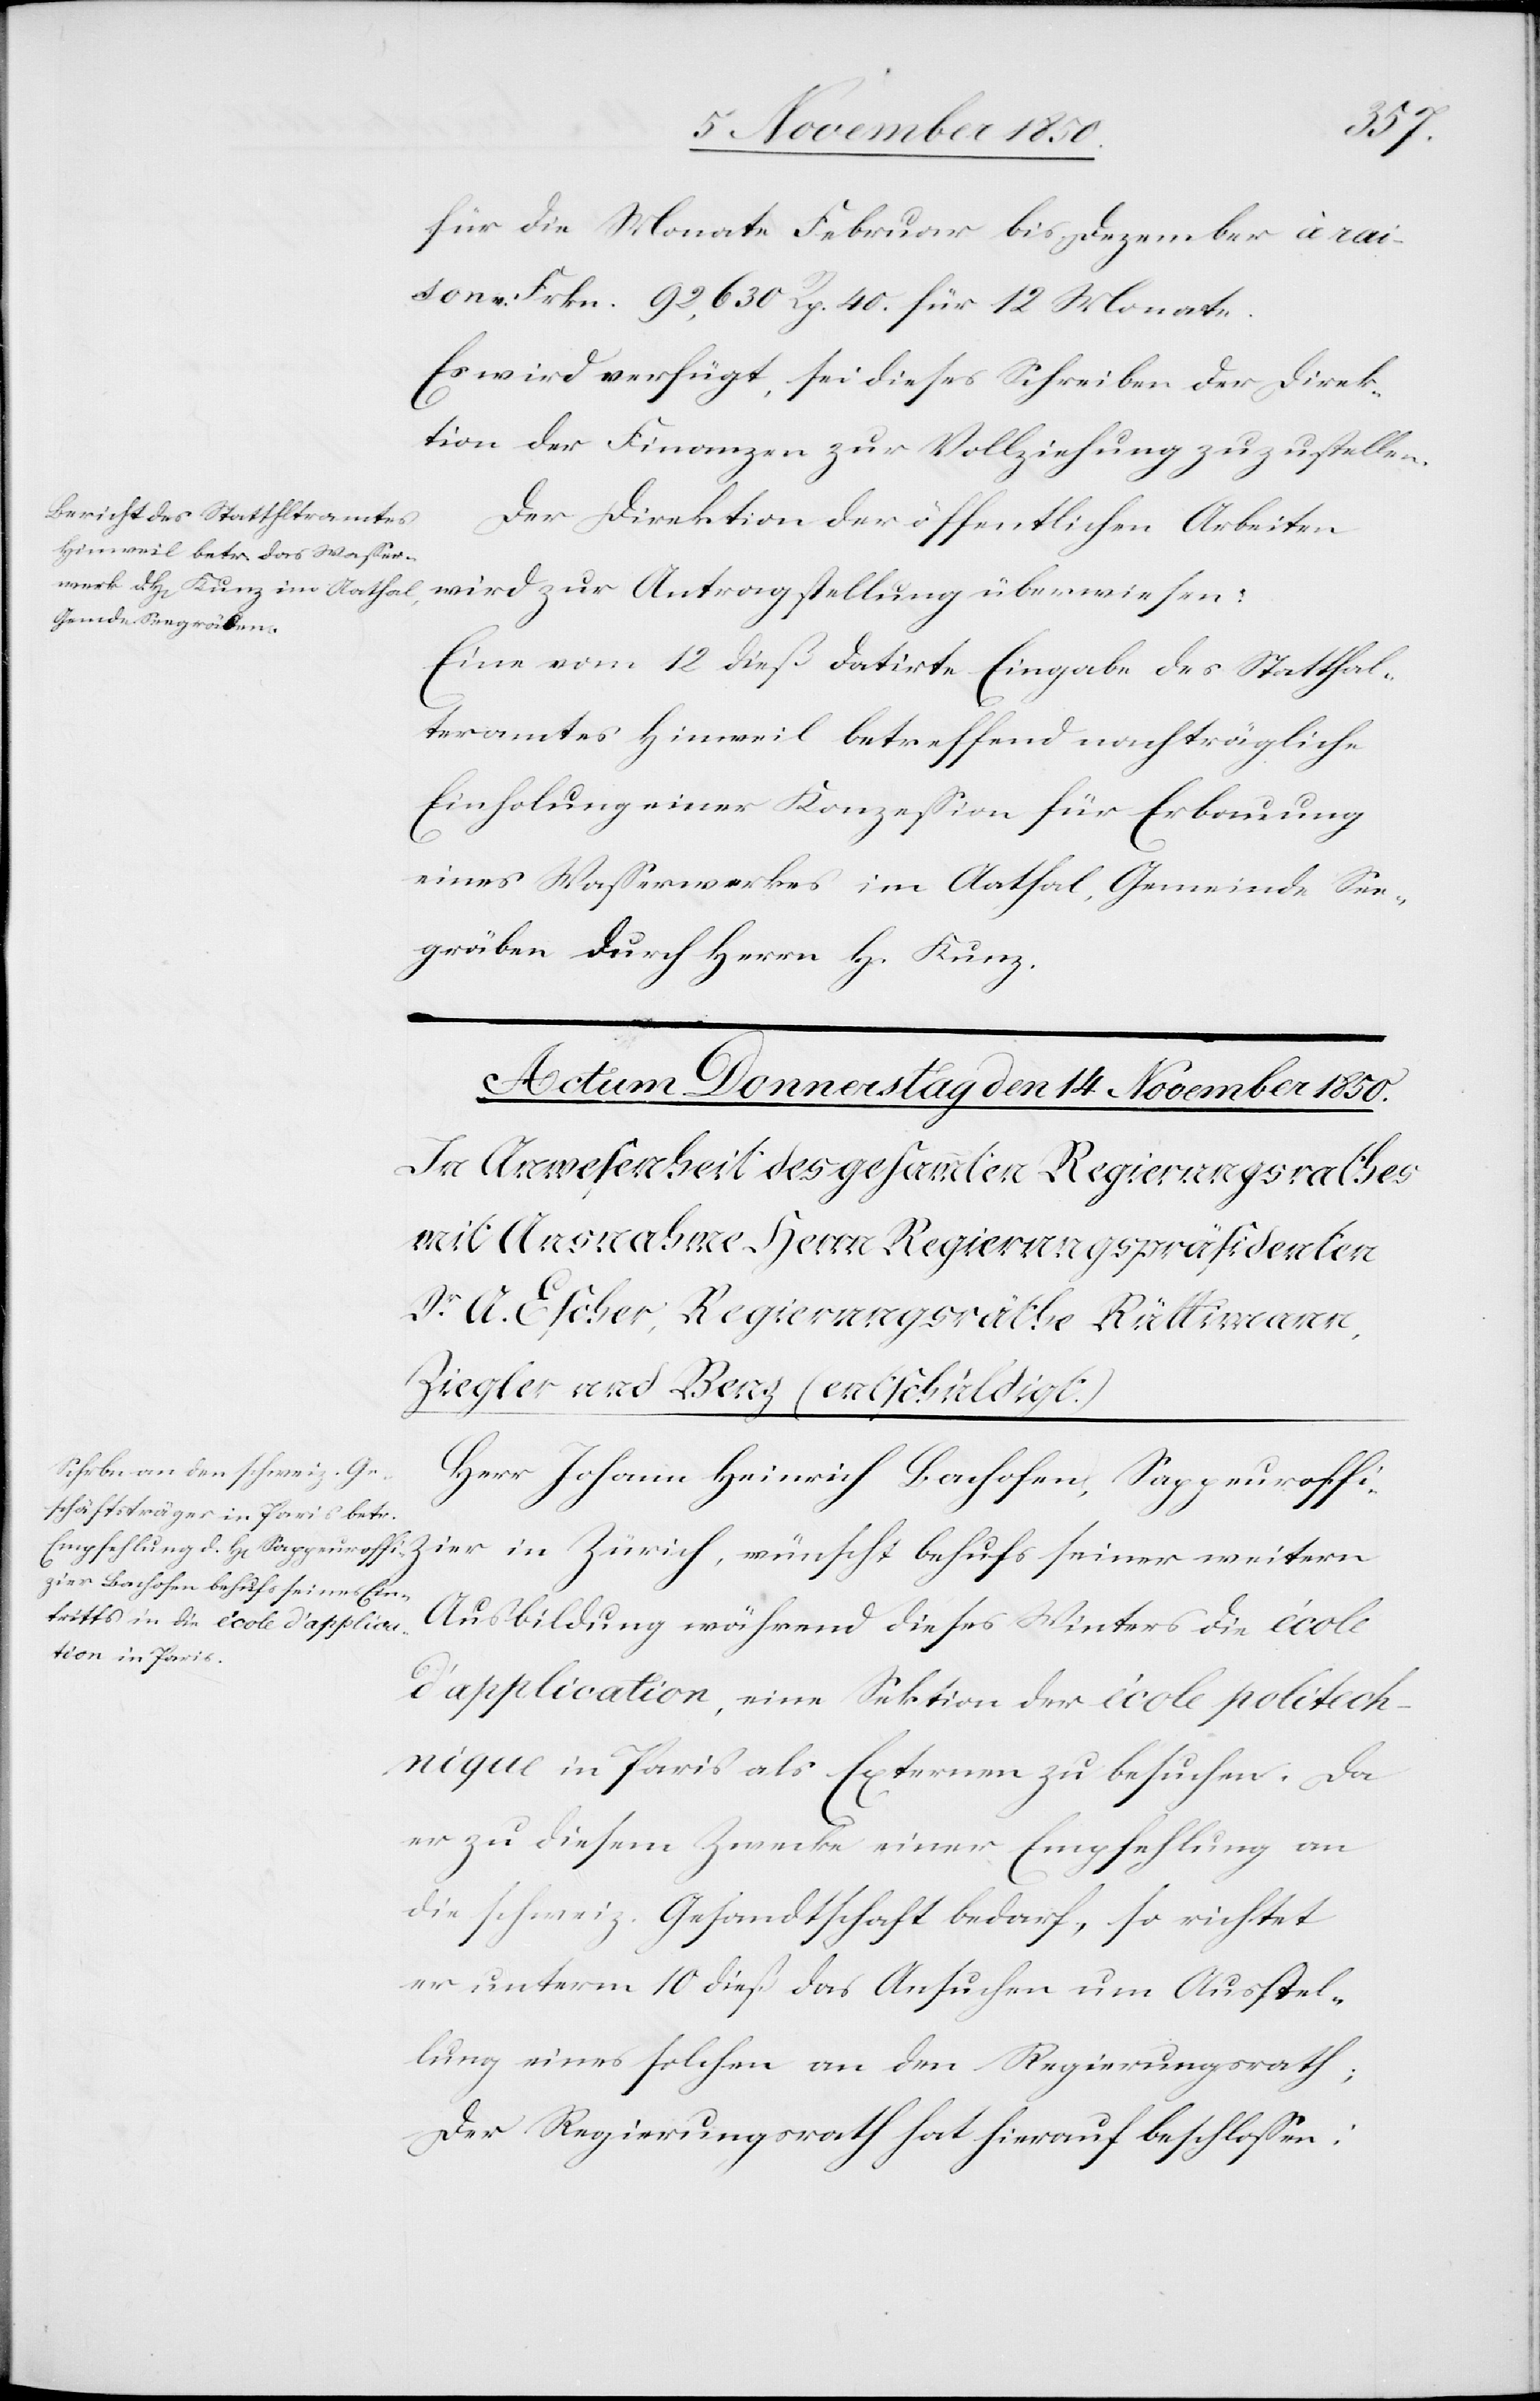
den

13 November 1850.]
für die Monate Februar bis Dezember à rai¬
son v. Frkn. 92,630 Rp. 40. für 12 Monate.
Es wird verfügt, sei dieses Schreiben der Direk¬
tion der Finanzen zur Vollziehung zuzustellen.
Der Direktion der öffentlichen Arbeiten
wird zur Antragstellung überwiesen:
Eine vom 12 dieß datirte Eingabe des Statthal¬
teramtes Hinweil betreffend nachträgliche
Einholung einer Konzession für Erbauung
eines Wasserwerkes im Aathal, Gemeinde See¬
gräben durch Herrn H. Kunz.
Herr Johann Heinrich Bachofen, Sappeuroffi¬
zier in Zürich, wünscht behufs seiner weitern
Ausbildung während dieses Winters die école
d’application, eine Sektion der école politech¬
nique in Paris als Externen zu besuchen. Da
er zu diesem Zwecke einer Empfehlung an
die schweiz. Gesandtschaft bedarf, so richtet
er unterm 10 dieß das Ansuchen um Ausstel¬
lung eines solchen an den Regierungsrath;
Der Regierungsrath hat hierauf beschlossen: